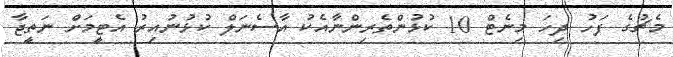
މެޗުގެ ފަހު ދިހަ މިނެޓް 10 ކުޅުންތެރިންނާއެކު އާސެނަލް ކުޅުނުއިރު އެޓީމަށް ނަތީޖާ